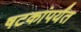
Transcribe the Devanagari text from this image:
षटकांपर्यंत